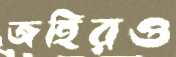
জহিরও